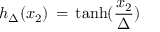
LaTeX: h _ { \Delta } ( x _ { 2 } ) \, = \, \mathrm { t a n h } ( \frac { x _ { 2 } } { \Delta } )